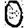
Digit: 0